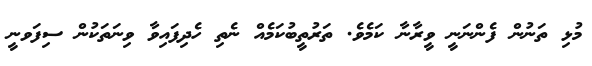
މުޅި ތަނުން ފެންނަނީ ވީރާނާ ކަމެވެ. ތަރުތީބުކަމެއް ނެތި ހެދިފައިވާ ވިނަތަކުން ސިފަވނީ